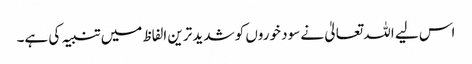
اس لیے اللہ تعالیٰ نے سود خوروں کو شدید ترین الفاظ میں تنبیہ کی ہے۔